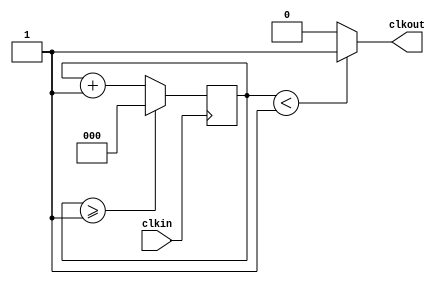
//This code divides the input clock frequency by the DIV value.

module clkdiv(input clkin,output clkout);

parameter DIV = 3'b010;
reg [2:0] count = 3'b000;

always@(posedge clkin)
begin
                if(count>=(DIV-1))
                begin
                        count<=0;
                end

                else
                count<=count+3'b1;
end

assign clkout=(count<(DIV/2)? 1'b1:1'b0);
endmodule